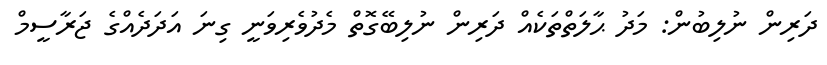
ދަރިން ނުލިބުން: މަދު ޙާލަތްތަކެއް ދަރިން ނުލިބޭގޮތް މެދުވެރިވަނީ ގިނަ އަދަދެއްގެ ޖަރާސީމް